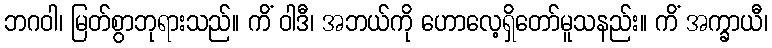
ဘဂဝါ၊ မြတ်စွာဘုရားသည်။ ကိံ ဝါဒီ၊ အဘယ်ကို ဟောလေ့ရှိတော်မူသနည်း။ ကိံ အက္ခာယီ၊